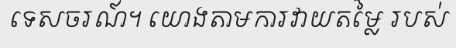
ទេសចរណ៍។ យោងតាមការវាយតម្លៃ របស់